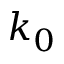
k _ { 0 }